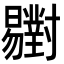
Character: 𣌒